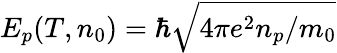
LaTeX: E_{p}(T,n_{0})=\hbar\sqrt{4\pi e^{2}n_{p}/m_{0}}